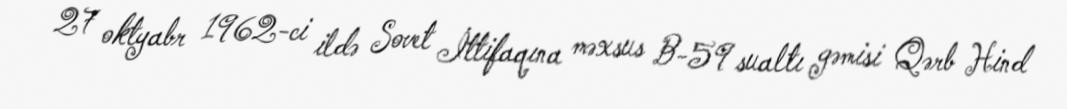
27 oktyabr 1962-ci ildə Sovet İttifaqına məxsus B-59 sualtı gəmisi Qərb Hind